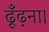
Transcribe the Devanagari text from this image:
ढूँढ़ना।